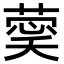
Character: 𮐔